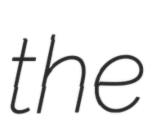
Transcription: the